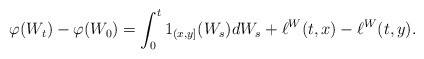
\begin{align*}\varphi(W_t)-\varphi(W_0)=\int_0^t 1_{(x,y]}(W_s)dW_s+\ell^W(t,x)-\ell^W(t,y). \end{align*}